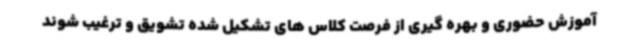
آموزش حضوری و بهره گیری از فرصت کلاس های تشکیل شده تشویق و ترغیب شوند